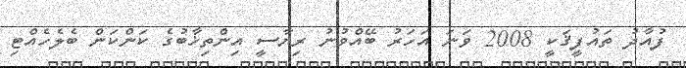
ފުއާދު ތައުފީޤަކީ 2008 ވަނަ އަހަރު ބޭއްވުނު ރިޔާސީ އިންތިޚާބުގެ ކަންކަން ބެލެހެއްޓި